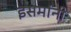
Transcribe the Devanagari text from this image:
इसमांनी